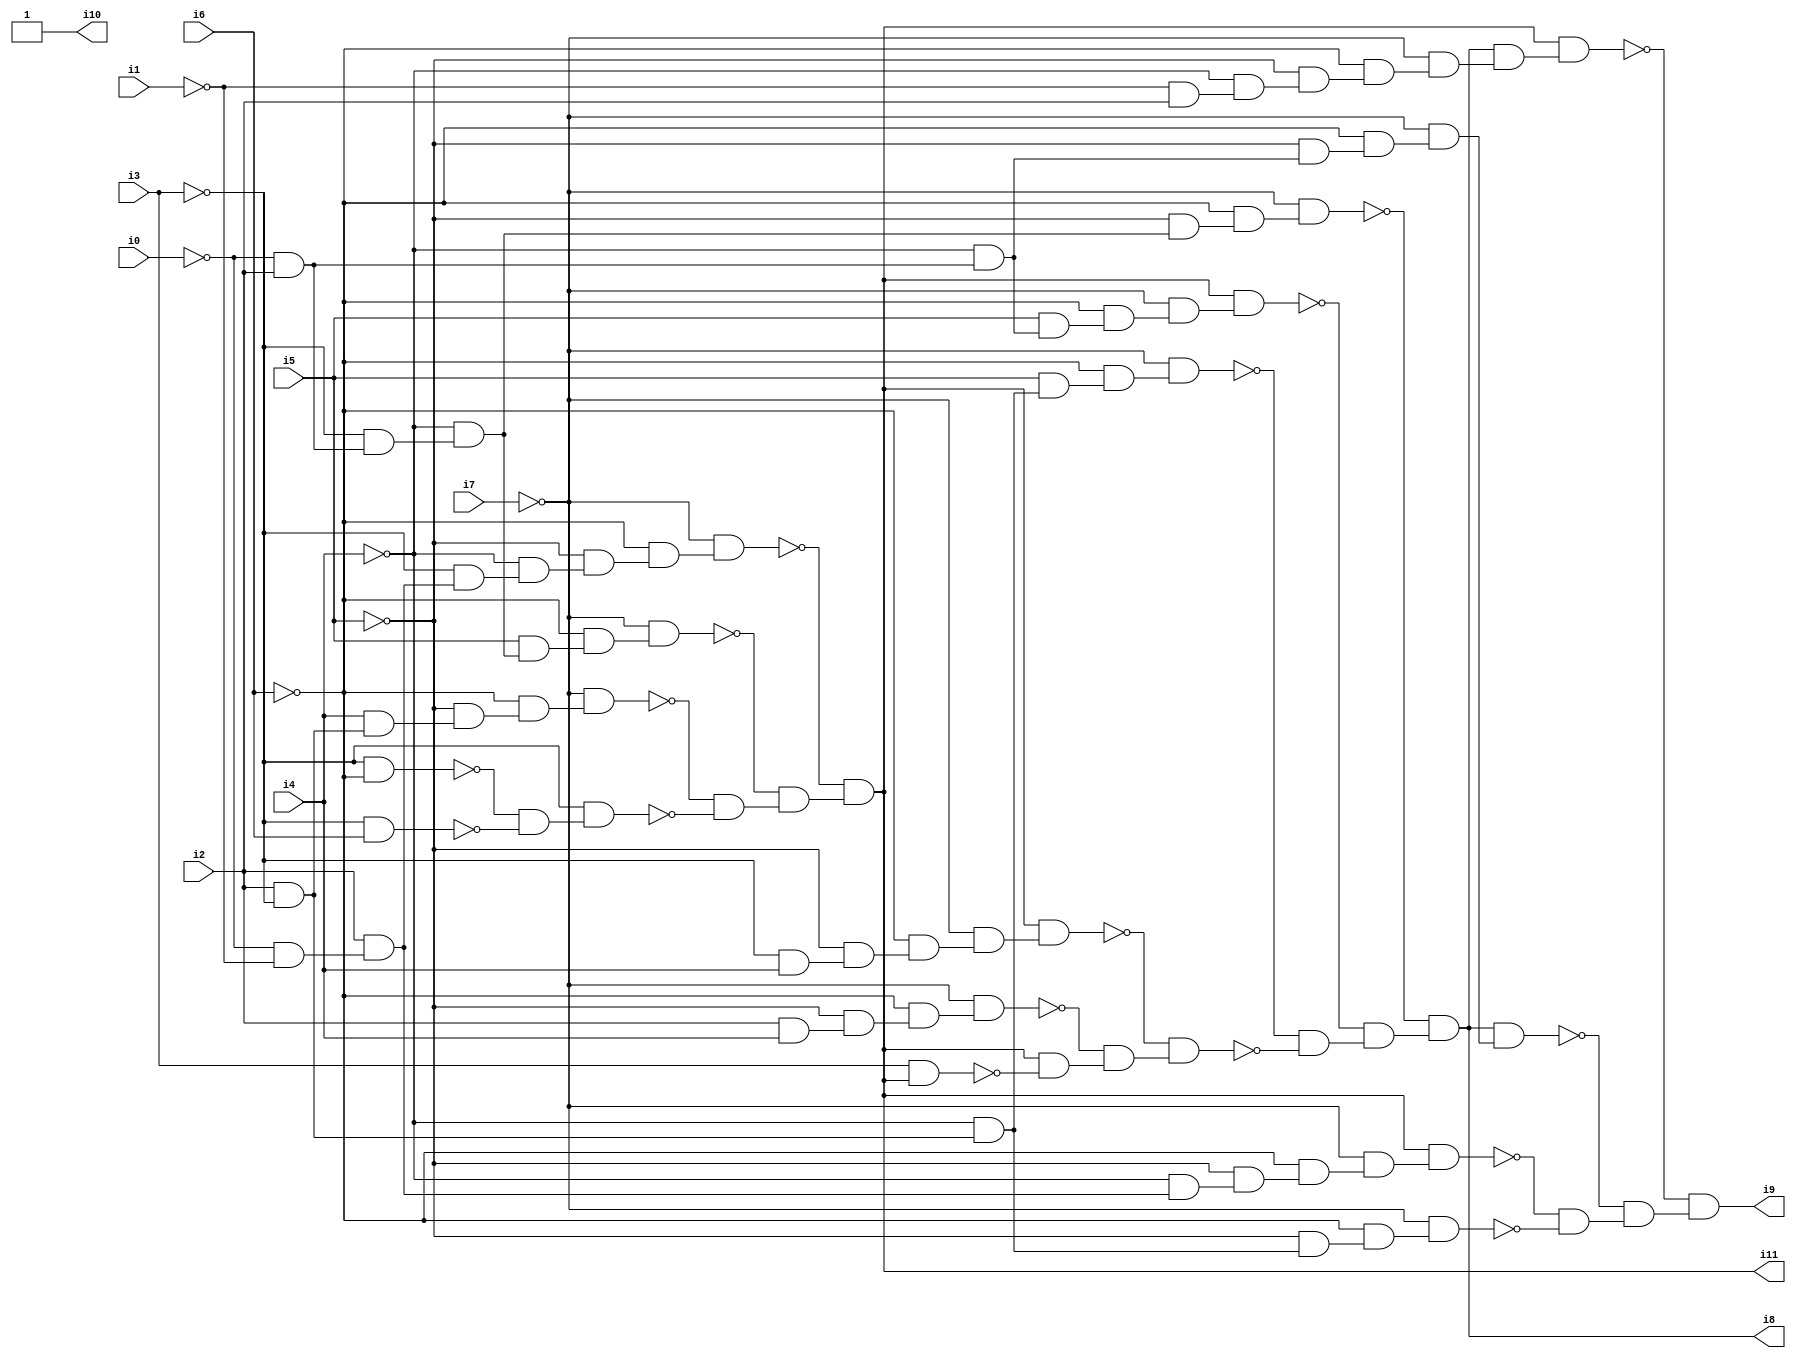
// Benchmark "SKOLEMFORMULA" written by ABC on Mon May  4 05:27:12 2020

module SKOLEMFORMULA ( 
    i0, i1, i2, i3, i4, i5, i6, i7,
    i8, i9, i10, i11  );
  input  i0, i1, i2, i3, i4, i5, i6, i7;
  output i8, i9, i10, i11;
  wire n14, n15, n16, n17, n18, n19, n20, n21, n22, n23, n24, n25, n26, n27,
    n28, n29, n30, n31, n32, n33, n34, n35, n36, n37, n39, n40, n41, n42,
    n43, n44, n45, n46, n47, n48, n49, n50, n51, n52, n53, n54, n55, n56,
    n57, n58, n59, n60, n61, n62, n63, n64, n65, n67, n68, n69, n70, n71,
    n72, n73, n74, n75, n76, n77, n78, n79, n80, n81, n82, n83, n84, n85,
    n86, n87;
  assign n14 = i2 & ~i3;
  assign n15 = i4 & n14;
  assign n16 = ~i5 & n15;
  assign n17 = ~i6 & n16;
  assign n18 = ~i7 & n17;
  assign n19 = ~i0 & i2;
  assign n20 = ~i3 & n19;
  assign n21 = ~i4 & n20;
  assign n22 = i5 & n21;
  assign n23 = ~i6 & n22;
  assign n24 = ~i7 & n23;
  assign n25 = ~i0 & ~i1;
  assign n26 = i2 & n25;
  assign n27 = ~i3 & n26;
  assign n28 = ~i4 & n27;
  assign n29 = ~i5 & n28;
  assign n30 = ~i6 & n29;
  assign n31 = ~i7 & n30;
  assign n32 = ~i3 & ~i6;
  assign n33 = ~i3 & i6;
  assign n34 = ~n32 & ~n33;
  assign n35 = ~i3 & n34;
  assign n36 = ~n18 & ~n35;
  assign n37 = ~n24 & n36;
  assign i11 = ~n31 & n37;
  assign n39 = i2 & i4;
  assign n40 = ~i5 & n39;
  assign n41 = ~i6 & n40;
  assign n42 = ~i7 & n41;
  assign n43 = ~i3 & i4;
  assign n44 = ~i5 & n43;
  assign n45 = ~i6 & n44;
  assign n46 = ~i7 & n45;
  assign n47 = i11 & n46;
  assign n48 = ~i4 & n14;
  assign n49 = i5 & n48;
  assign n50 = ~i6 & n49;
  assign n51 = ~i7 & n50;
  assign n52 = ~i4 & n19;
  assign n53 = i5 & n52;
  assign n54 = ~i6 & n53;
  assign n55 = ~i7 & n54;
  assign n56 = i11 & n55;
  assign n57 = ~i5 & n21;
  assign n58 = ~i6 & n57;
  assign n59 = ~i7 & n58;
  assign n60 = i3 & i11;
  assign n61 = i11 & ~n60;
  assign n62 = ~n42 & n61;
  assign n63 = ~n47 & n62;
  assign n64 = ~n51 & ~n63;
  assign n65 = ~n56 & n64;
  assign i8 = ~n59 & n65;
  assign n67 = ~i4 & n26;
  assign n68 = ~i5 & n67;
  assign n69 = ~i6 & n68;
  assign n70 = ~i7 & n69;
  assign n71 = i11 & n70;
  assign n72 = ~i5 & n48;
  assign n73 = ~i6 & n72;
  assign n74 = ~i7 & n73;
  assign n75 = ~i5 & n52;
  assign n76 = ~i6 & n75;
  assign n77 = ~i7 & n76;
  assign n78 = i8 & n77;
  assign n79 = ~i1 & i2;
  assign n80 = ~i4 & n79;
  assign n81 = ~i5 & n80;
  assign n82 = ~i6 & n81;
  assign n83 = ~i7 & n82;
  assign n84 = i8 & n83;
  assign n85 = i11 & n84;
  assign n86 = ~n71 & ~n74;
  assign n87 = ~n78 & n86;
  assign i9 = ~n85 & n87;
  assign i10 = 1'b1;
endmodule